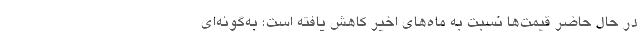
در حال حاضر قیمت‌ها نسبت به ماه‌های اخیر کاهش یافته است؛ به‌گونه‌ای